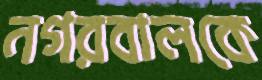
নগরবালকে